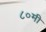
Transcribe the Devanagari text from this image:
८०मी